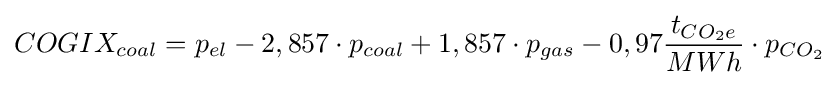
COGIX_{coal}=p_{el}-2,857\cdot p_{coal}+1,857\cdot p_{gas}-0,97{\frac {t_{CO_{2}e}}{MWh}}\cdot p_{CO_{2}}